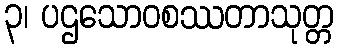
၃၊ ပဌသောဝစဿတာသုတ္တ